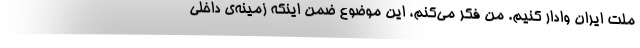
ملت ایران وادار کنیم. من فکر می‌کنم، این موضوع ضمن اینکه زمینه‌ی داخلی